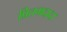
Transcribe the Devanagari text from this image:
प्रितमदादा